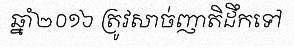
ឆ្នាំ២០១៦ ត្រូវសាច់ញាតិដឹកទៅ